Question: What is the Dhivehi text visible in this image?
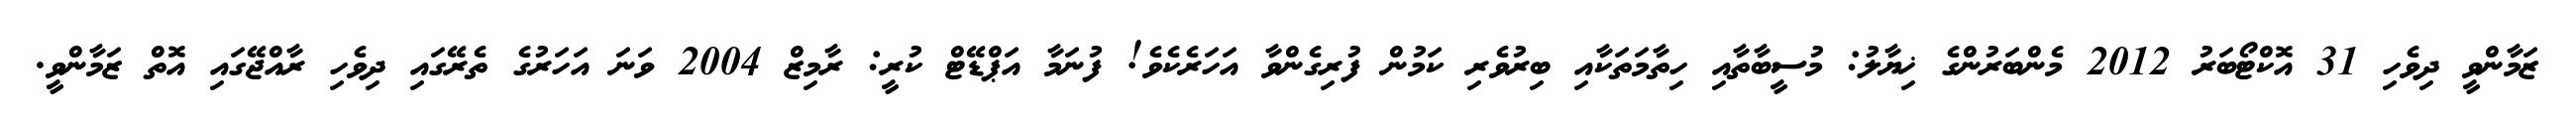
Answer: ޒަމާންވީ ދިވެހި 31 އޮކްޓޯބަރު 2012 މެންބަރުންގެ ޚިޔާލު: މުސީބާތާއި ހިތާމަތަކާއި ބިރުވެރި ކަމުން ފުރިގެންވާ އަހަރެކެވެ! ފުނަމާ އަޕްޑޭޓް ކުރީ: ރާމިޒް 2004 ވަނަ އަހަރުގެ ތެރޭގައި ދިވެހި ރާއްޖޭގައި އޮތް ޒަމާންވީ.